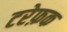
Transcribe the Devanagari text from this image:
टरेफ़क